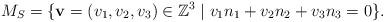
LaTeX: \begin{align*}M_S=\{ \mathbf v=(v_1,v_2,v_3)\in \mathbb Z^3\mid v_1n_1+v_2n_2+v_3n_3=0\}.\end{align*}